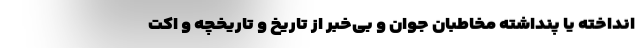
انداخته یا پنداشته مخاطبان جوان و بی‌خبر از تاریخ و تاریخچه و اکت